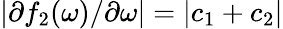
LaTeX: |\partial f_{2}(\omega)/\partial\omega|=|c_{1}+c_{2}|